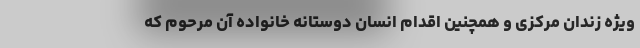
ویژه زندان مرکزی و همچنین اقدام انسان دوستانه خانواده آن مرحوم که